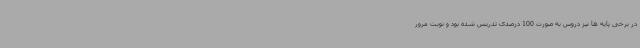
در برخی پایه ها نیز دروس به صورت 100 درصدی تدریس شده بود و نوبت مرور